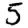
Digit: 5